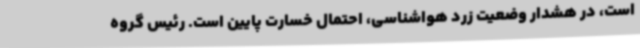
است، در هشدار وضعیت زرد هواشناسی، احتمال خسارت پایین است. رئیس گروه